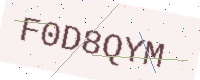
Text: F0D8QYM